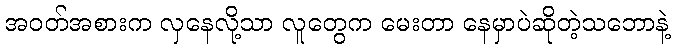
အဝတ်အစားက လှနေလို့သာ လူတွေက မေးတာ နေမှာပဲဆိုတဲ့သဘောနဲ့